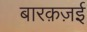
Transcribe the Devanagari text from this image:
बारक़ज़ई